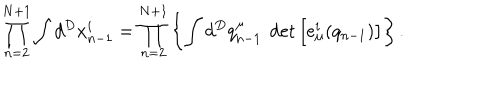
\prod _ { n = 2 } ^ { N + 1 } \int d ^ { D } x _ { n - 1 } ^ { i } = \prod _ { n = 2 } ^ { N + 1 } \left\{ \int d ^ { D } q _ { n - 1 } ^ { \mu } ~ \det \left[ e _ { \mu } ^ { i } ( q _ { n - 1 } ) \right] \right\} .